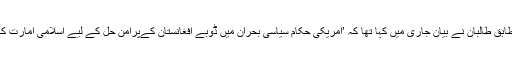
فرانسیسی خبر رساں ادارے اے ایف پی کے مطابق طالبان نے بیان جاری میں کہا تھا کہ ’امریکی حکام سیاسی بحران میں ڈوبے افغانستان کےپرامن حل کے لیے اسلامی امارت کے سیاسی دفتر میں براہِ راست مذاکرات کریں‘۔